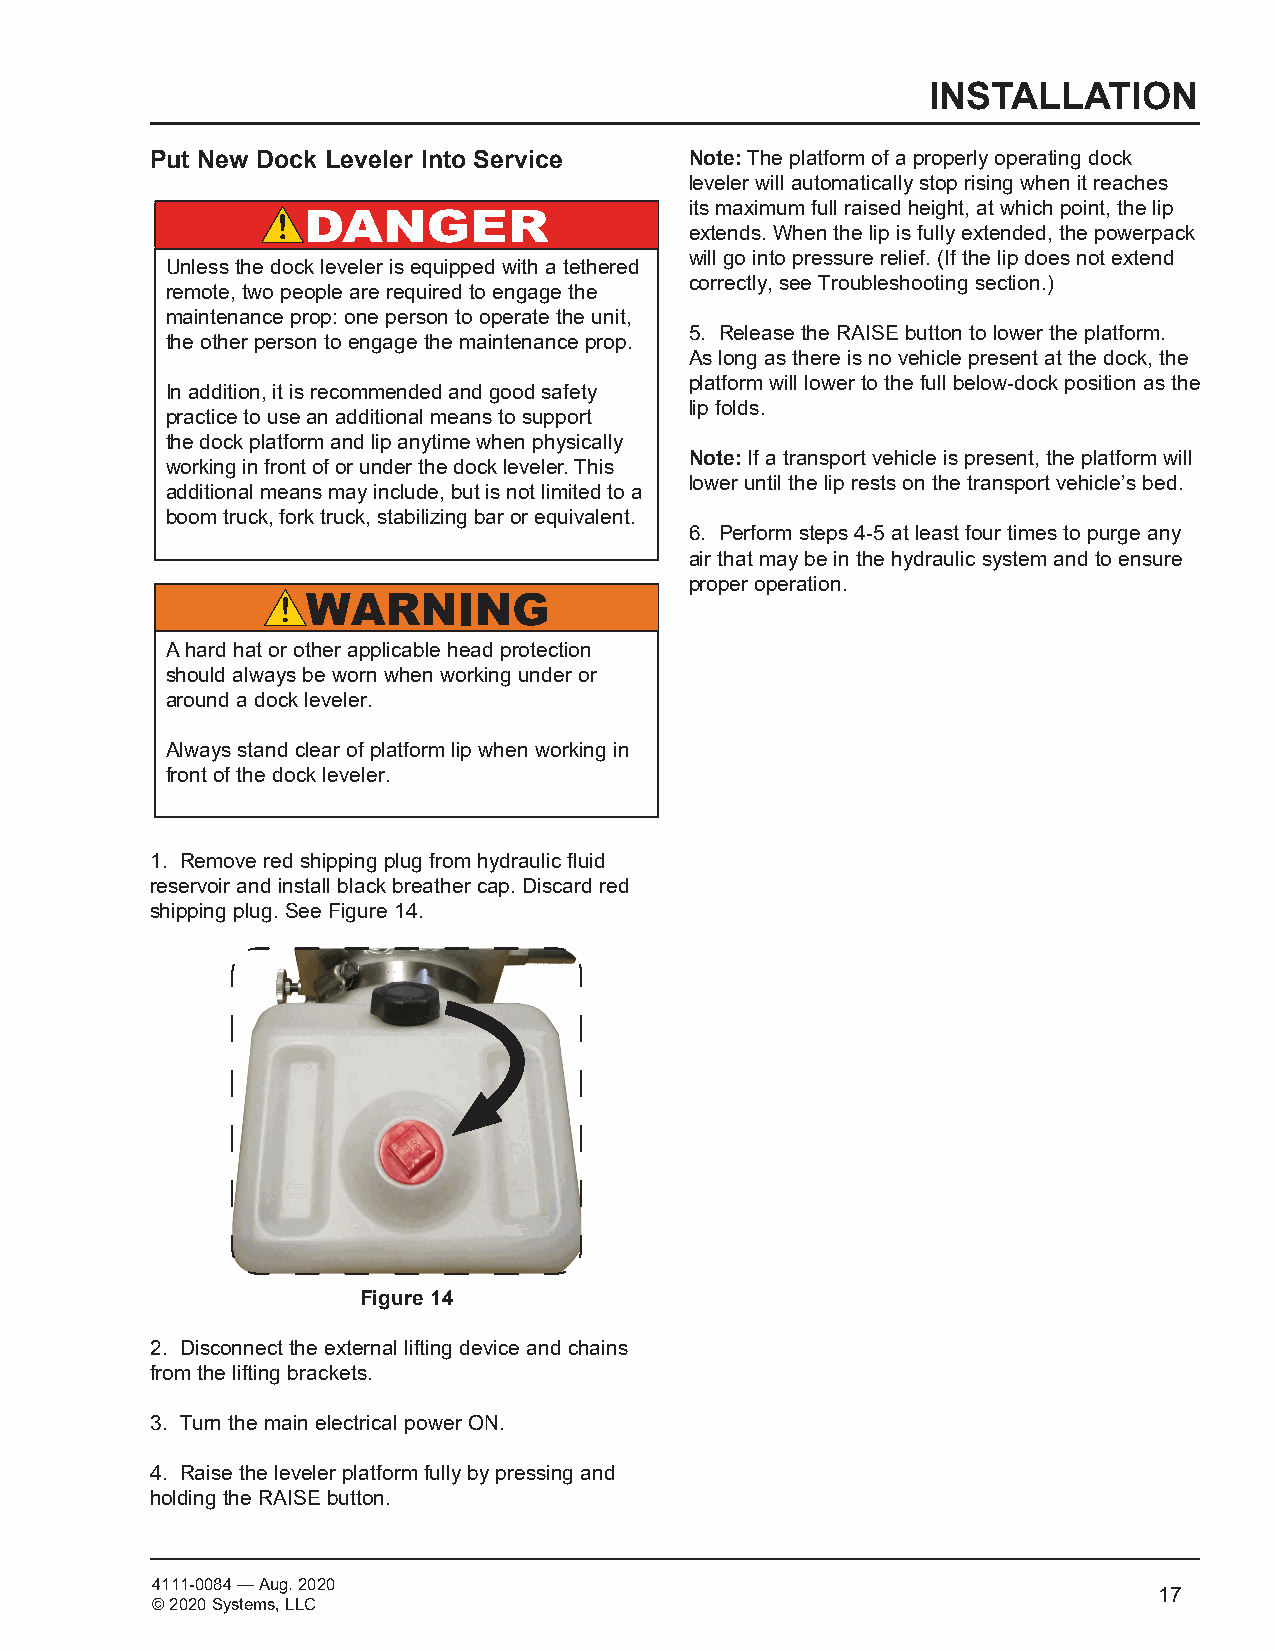
INSTALLATION
 Put New Dock Leveler Into Service   Note: The platform of a properly operating dock
 leveler will automatically stop rising when it reaches
 its maximum full raised height, at which point, the lip
 extends. When the lip is fully extended, the powerpack
 will go into pressure relief. (If the lip does not extend
 Unless the dock leveler is equipped with a tethered
 correctly, see Troubleshooting section.)
 remote, two people are required to engage the
 maintenance prop: one person to operate the unit,
 5. Release the RAISE button to lower the platform.
 the other person to engage the maintenance prop.
 As long as there is no vehicle present at the dock, the
 platform will lower to the full below-dock position as the
 In addition, it is recommended and good safety
 lip folds.
 practice to use an additional means to support
 the dock platform and lip anytime when physically
 Note: If a transport vehicle is present, the platform will
 working in front of or under the dock leveler. This
 lower until the lip rests on the transport vehicle’s bed.
 additional means may include, but is not limited to a
 boom truck, fork truck, stabilizing bar or equivalent.
 6. Perform steps 4-5 at least four times to purge any
 air that may be in the hydraulic system and to ensure
 proper operation.
 A hard hat or other applicable head protection
 should always be worn when working under or
 around a dock leveler.
 Always stand clear of platform lip when working in
 front of the dock leveler.
 1. Remove red shipping plug from hydraulic fluid
 reservoir and install black breather cap. Discard red
 shipping plug. See Figure 14.
 Figure 14
 2. Disconnect the external lifting device and chains
 from the lifting brackets.
 3. Turn the main electrical power ON.
 4. Raise the leveler platform fully by pressing and
 holding the RAISE button.
 4111-0084 — Aug. 2020
 © 2020 Systems, LLC
 17